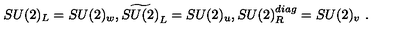
S U ( 2 ) _ { L } = S U ( 2 ) _ { w } , \widetilde { S U ( 2 ) } _ { L } = S U ( 2 ) _ { u } , S U ( 2 ) _ { R } ^ { d i a g } = S U ( 2 ) _ { v } \ .